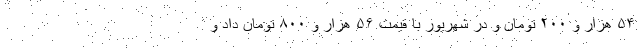
۵۴ هزار و ۲۰۰ تومان و در شهریور با قیمت ۵۶ هزار و ۸۰۰ تومان داد و